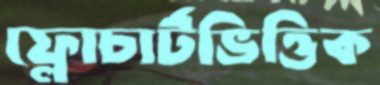
ফ্লোচার্টভিত্তিক